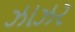
ઝાઝર